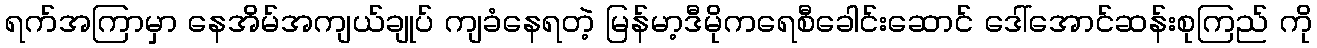
ရက်အကြာမှာ နေအိမ်အကျယ်ချုပ် ကျခံနေရတဲ့ မြန်မာ့ဒီမိုကရေစီခေါင်းဆောင် ဒေါ်အောင်ဆန်းစုကြည် ကို